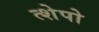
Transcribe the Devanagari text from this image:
त्शेपो